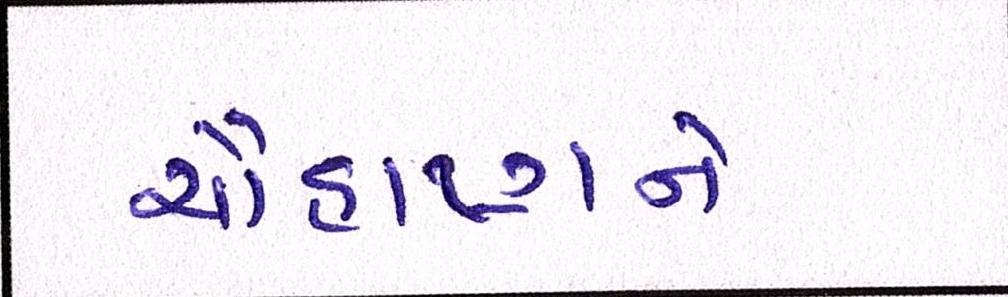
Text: ચૌહાણને